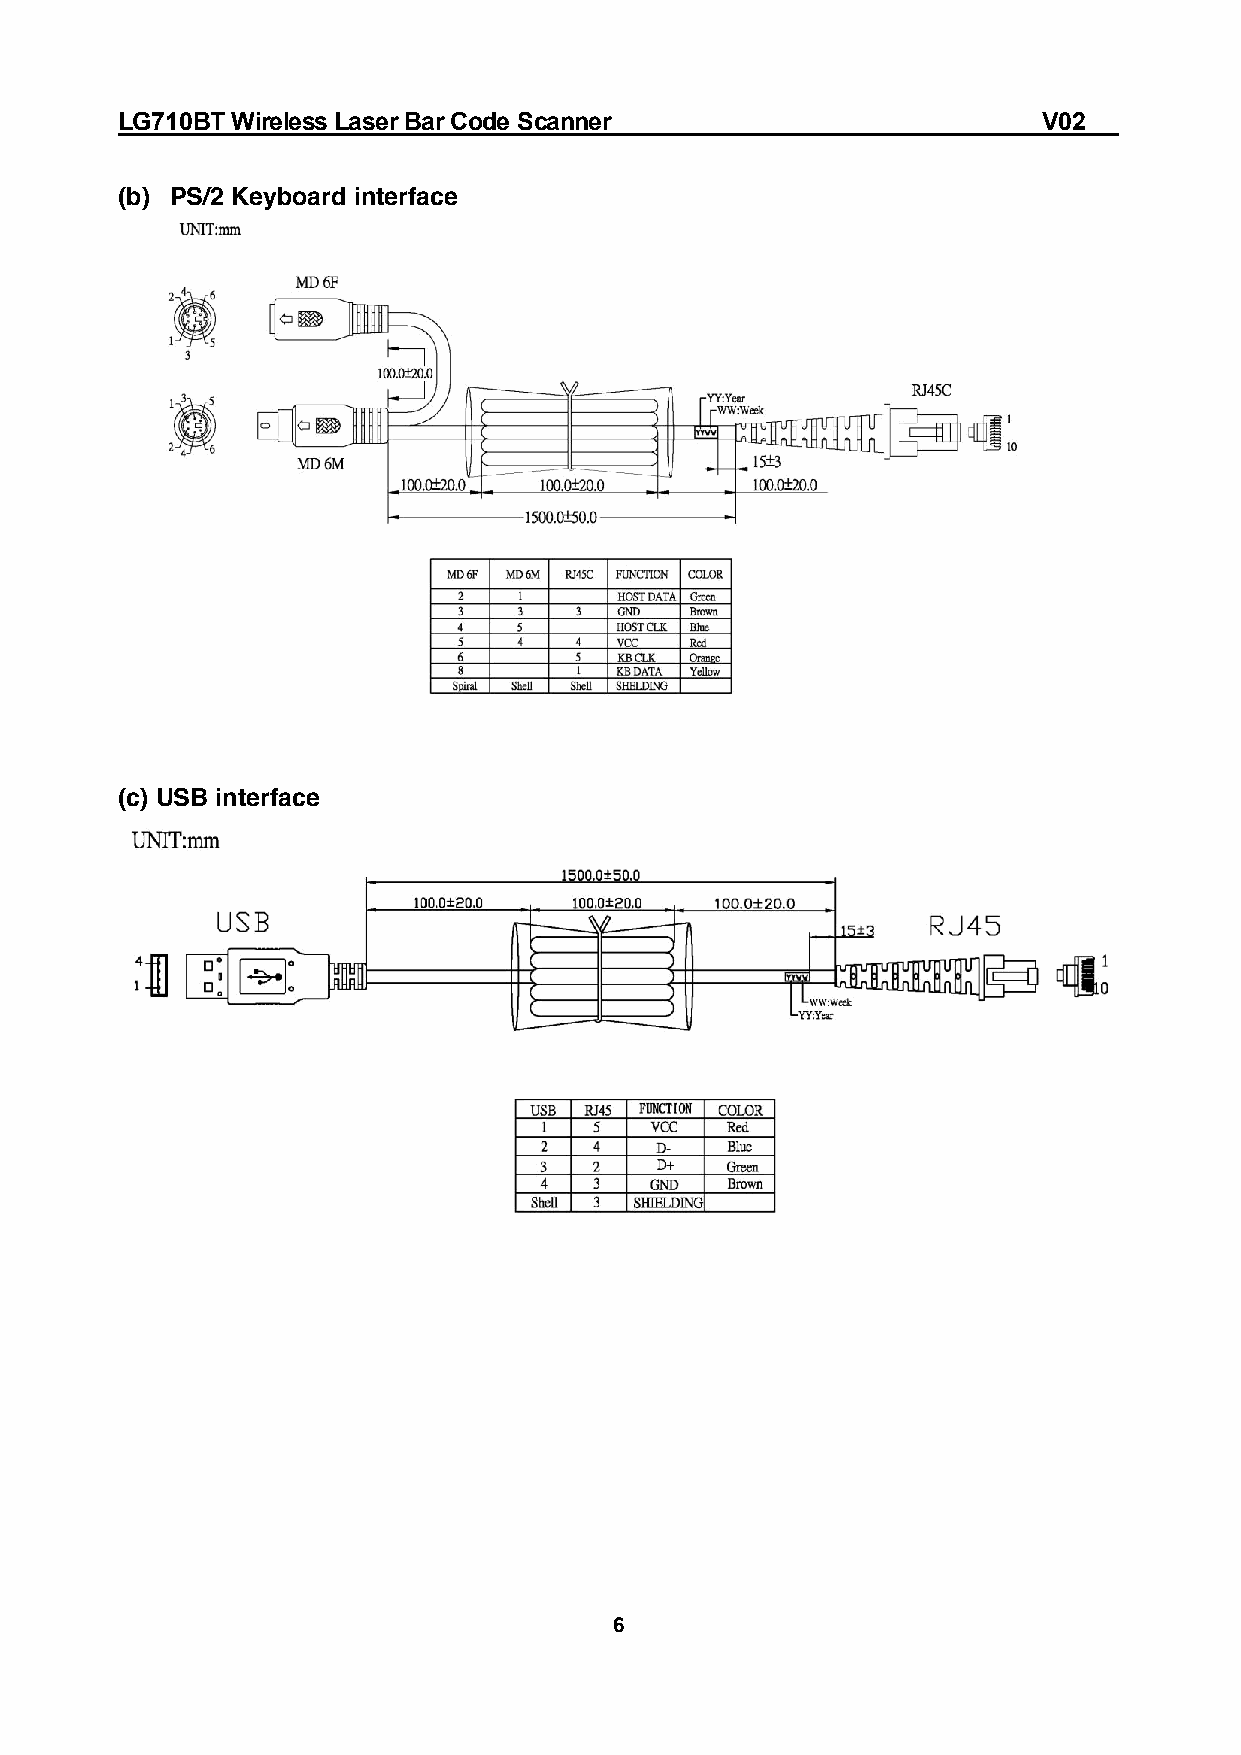
LG710BT Wireless Laser Bar Code Scanner                      V02
 (b) PS/2 Keyboard interface
 (c) USB interface
 6